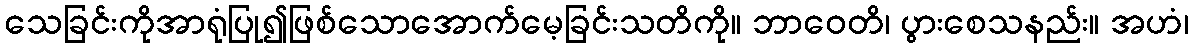
သေခြင်းကိုအာရုံပြု၍ဖြစ်သောအောက်မေ့ခြင်းသတိကို။ ဘာဝေတိ၊ ပွားစေသနည်း။ အဟံ၊